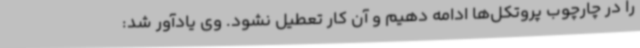
را در چارچوب پروتکل‌ها ادامه دهیم و آن کار تعطیل نشود. وی یادآور شد: